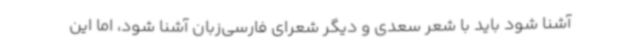
آشنا شود باید با شعر سعدی و دیگر شعرای فارسی‌زبان آشنا شود، اما این